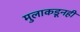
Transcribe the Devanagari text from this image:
मुलाकडूनही